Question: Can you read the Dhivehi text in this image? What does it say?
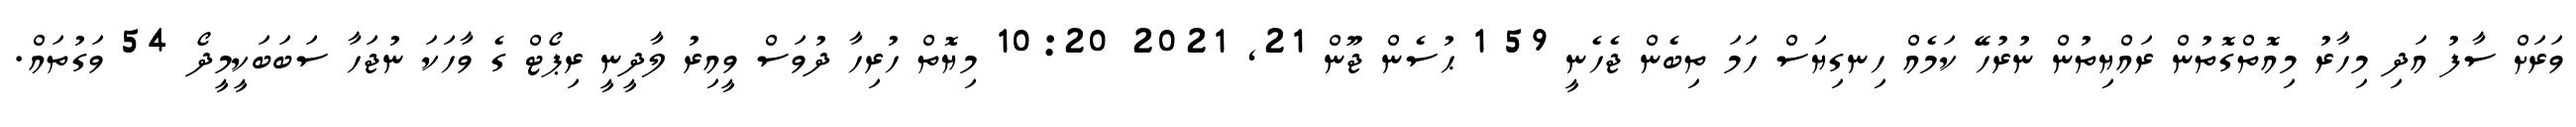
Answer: ވަރަށް ސާފު އަދި މިހާރު މިއޮތްގޮތުން ރައްޔިތުން ނުރުހޭ ކަމެއް ހިނގިޔަސް ހަމަ ތިބެން ޖެހެނީ 59 1 ޙުސެން ޖޫން 21, 2021 10:20 މިޔޮތް ހުރިހާ ދުވަސް ވީއިރު ލާދީނީ ރިޕޯޓް ގެ ވާހަކަ ނުޖަހާ ސަބަބަކީމީދޯ 54 ވަގުތައް.